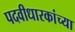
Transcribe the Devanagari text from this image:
पदवीधारकांच्या